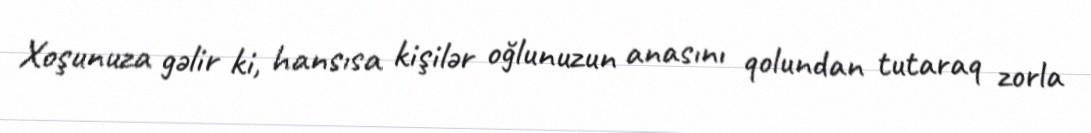
Xoşunuza gəlir ki, hansısa kişilər oğlunuzun anasını qolundan tutaraq zorla